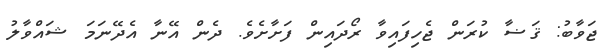
ޖަވާބު: ޤަޟާ ކުރަން ޖެހިފައިވާ ރޯދައިން ފަށާށެވެ. ދެން އޭނާ އެދޭނަމަ ޝައްވާލު